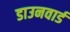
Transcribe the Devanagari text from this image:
डाउनवार्ड